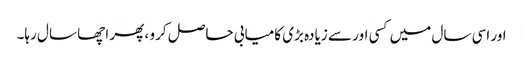
اور اسی سال میں کسی اور سے زیادہ بڑی کامیابی حاصل کرو ، پھر اچھا سال رہا۔